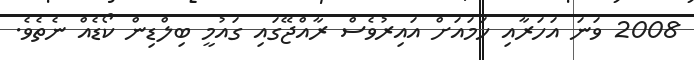
2008 ވަނަ އަހަރާއި ހަމައަށް އައިރުވެސް ރާއްޖޭގައި ގައުމީ ބިލްޑިން ކޯޑެއް ނެތެވެ.